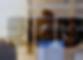
হাটত